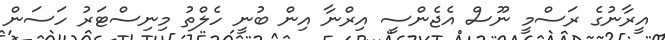
އީރާނުގެ ރަސްމީ ނޫސް އެޖެންސީ އިރްނާ އިން ބުނީ ހެލްތު މިނިސްޓަރު ހަސަން